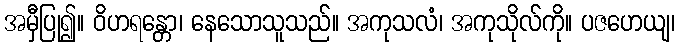
အမှီပြု၍။ ဝိဟရန္တော၊ နေသောသူသည်။ အကုသလံ၊ အကုသိုလ်ကို။ ပဇဟေယျ၊